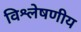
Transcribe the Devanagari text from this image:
विश्लेषणीय